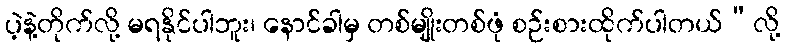
ပဲ့နဲ့တိုက်လို့ မရနိုင်ပါဘူး၊ နောင်ခါမှ တစ်မျိုးတစ်ဖုံ စဉ်းစားထိုက်ပါတယ်”လို့